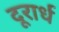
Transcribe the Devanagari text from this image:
दूरार्ध